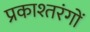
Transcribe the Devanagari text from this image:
प्रकाश्तरंगों